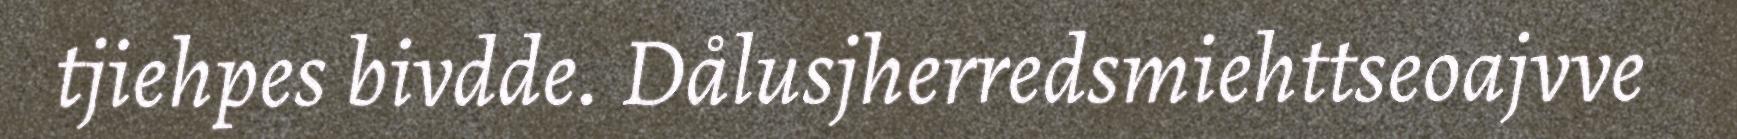
tjiehpes bivdde. Dålusjherredsmiehttseoajvve